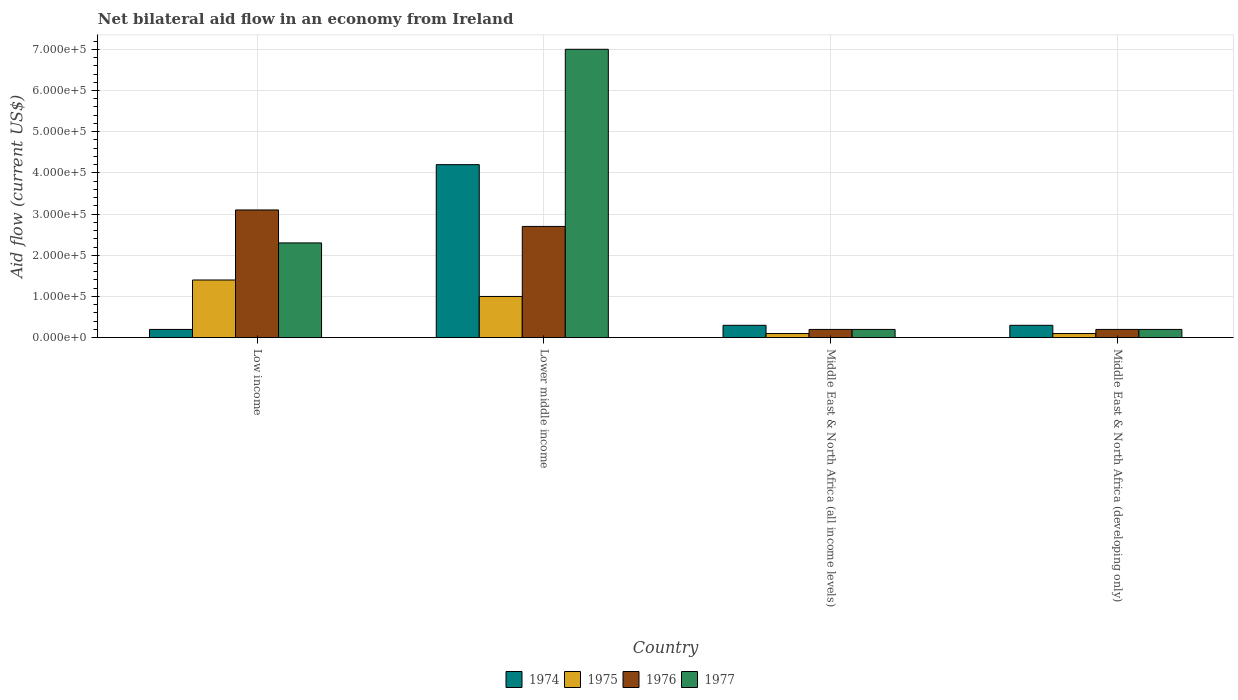
| Country | 1974 | 1975 | 1976 | 1977 |
 | --- | --- | --- | --- | --- |
 | Low income | 2e+04 | 1.4e+05 | 3.1e+05 | 2.3e+05 |
 | Lower middle income | 4.2e+05 | 1e+05 | 2.7e+05 | 7e+05 |
 | Middle East & North Africa (all income levels) | 3e+04 | 1e+04 | 2e+04 | 2e+04 |
 | Middle East & North Africa (developing only) | 3e+04 | 1e+04 | 2e+04 | 2e+04 |